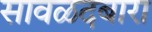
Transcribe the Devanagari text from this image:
सावळदबारा